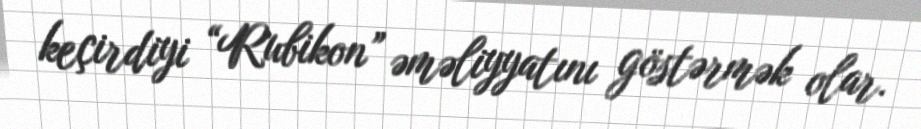
keçirdiyi “Rubikon” əməliyyatını göstərmək olar.